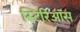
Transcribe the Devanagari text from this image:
स्टिरिऑस